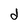
Character: d